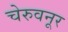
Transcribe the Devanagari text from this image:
चेरुवनूर